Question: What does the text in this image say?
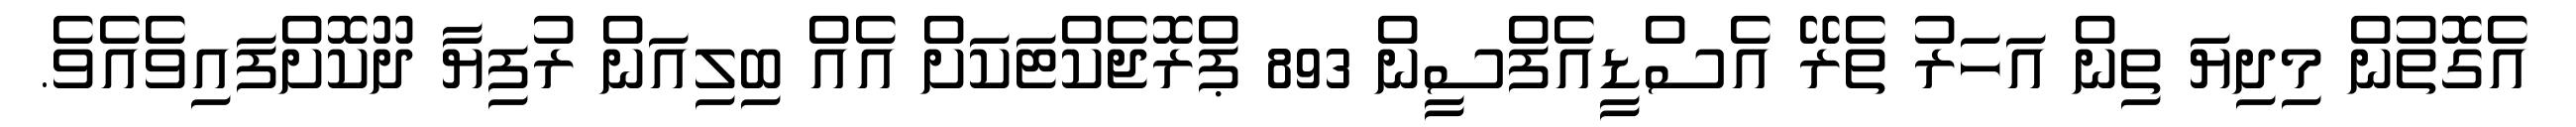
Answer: އެގޮތުން މިދިޔަ ތިން އަހަރު ތެރޭ އެސްޑީއެފްސީން 893 ޕްރޮޖެކްޓަކަށް އެއް ބިލިއަން ރުފިޔާ ދޫކޮށްފައިވެއެވެ.